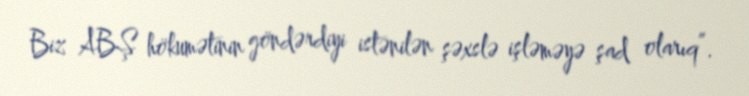
Biz ABŞ hökumətinin göndərdiyi istənilən şəxslə işləməyə şad olarıq”.